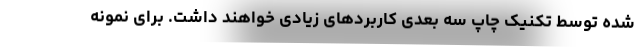
شده توسط تکنیک چاپ سه بعدی کاربردهای زیادی خواهند داشت. برای نمونه